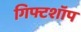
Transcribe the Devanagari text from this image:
गिफ्टशॉप